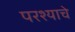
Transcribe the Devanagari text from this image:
परश्याचे